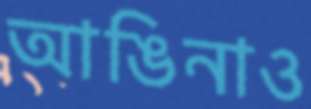
আঙিনাও